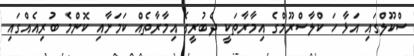
ސްކޫލްގައި އަަޅާ ހަ ކްލާސްރޫމްގެ އިމާރާތަކީ ދެބުރީގެ އިމާރާތެއް ކަމަށާއި ކޮންމެ ބުރިއެއްގައި